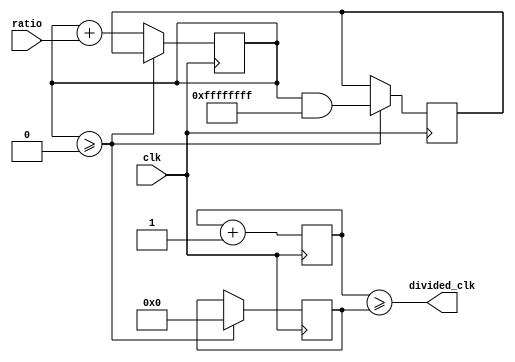
module floating_point_clock_divider (
    input wire clk,
    input wire [31:0] ratio,
    output wire divided_clk
);

reg [31:0] count;
reg [31:0] accumulator;
reg [31:0] quotient;
reg [31:0] remainder;

always @(posedge clk) begin
    count <= count + 1;

    accumulator <= accumulator + ratio;

    if (accumulator >= 1<<32) begin
        quotient <= accumulator >> 32;
        remainder <= accumulator & ((1<<32)-1);
        
        accumulator <= remainder;
    end
end

assign divided_clk = count >= quotient;

endmodule